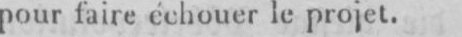
pour faire échouer le projet.